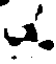
.